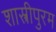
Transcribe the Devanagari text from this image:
शास्त्रीपुरम